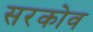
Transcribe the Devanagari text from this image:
सरकोव